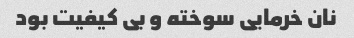
نان خرمایی سوخته و بی کیفیت بود